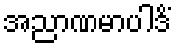
အညာဏမာပါဒိံ